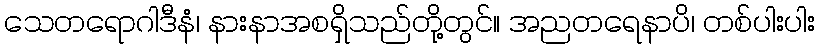
သေတရောဂါဒီနံ၊ နားနာအစရှိသည်တို့တွင်။ အညတရေနာပိ၊ တစ်ပါးပါး